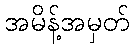
အမိန့်အမှတ်